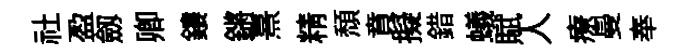
社盈劔卿鏤鏘熹精頽賁擬錯蟻賦人療曼奉